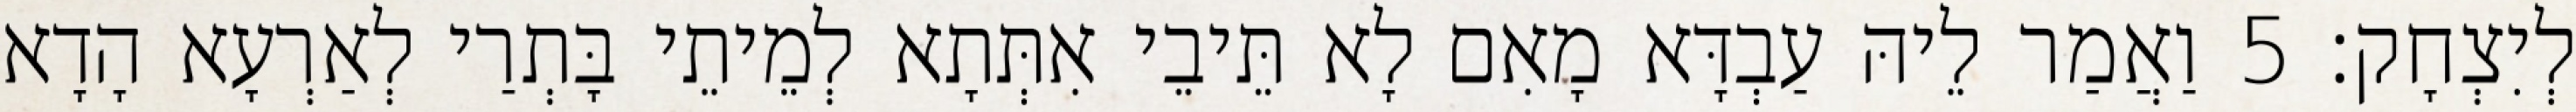
לְיִצְחָק׃ 5 וַאֲמַר לֵיהּ עַבְדָּא מָאִם לָא תֵּיבֵי אִתְּתָא לְמֵיתֵי בָּתְרַי לְאַרְעָא הָדָא